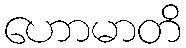
ဟောမာတိ